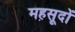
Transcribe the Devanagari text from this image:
महसूदों